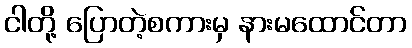
ငါတို့ ပြောတဲ့စကားမှ နားမထောင်တာ